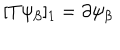
[ T \psi _ { \beta } ] _ { 1 } = \partial \psi _ { \beta }